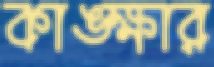
কাঙ্ক্ষার